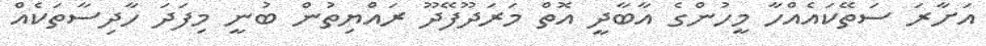
އަށާރަ ސަތޭކައެއްހާ މީހުންގެ އާބާދީ އޮތް މަރަދޫފޭދޫ ރައްޔިތުން ބުނީ މިފަދަ ހާދިސާތަކެއް